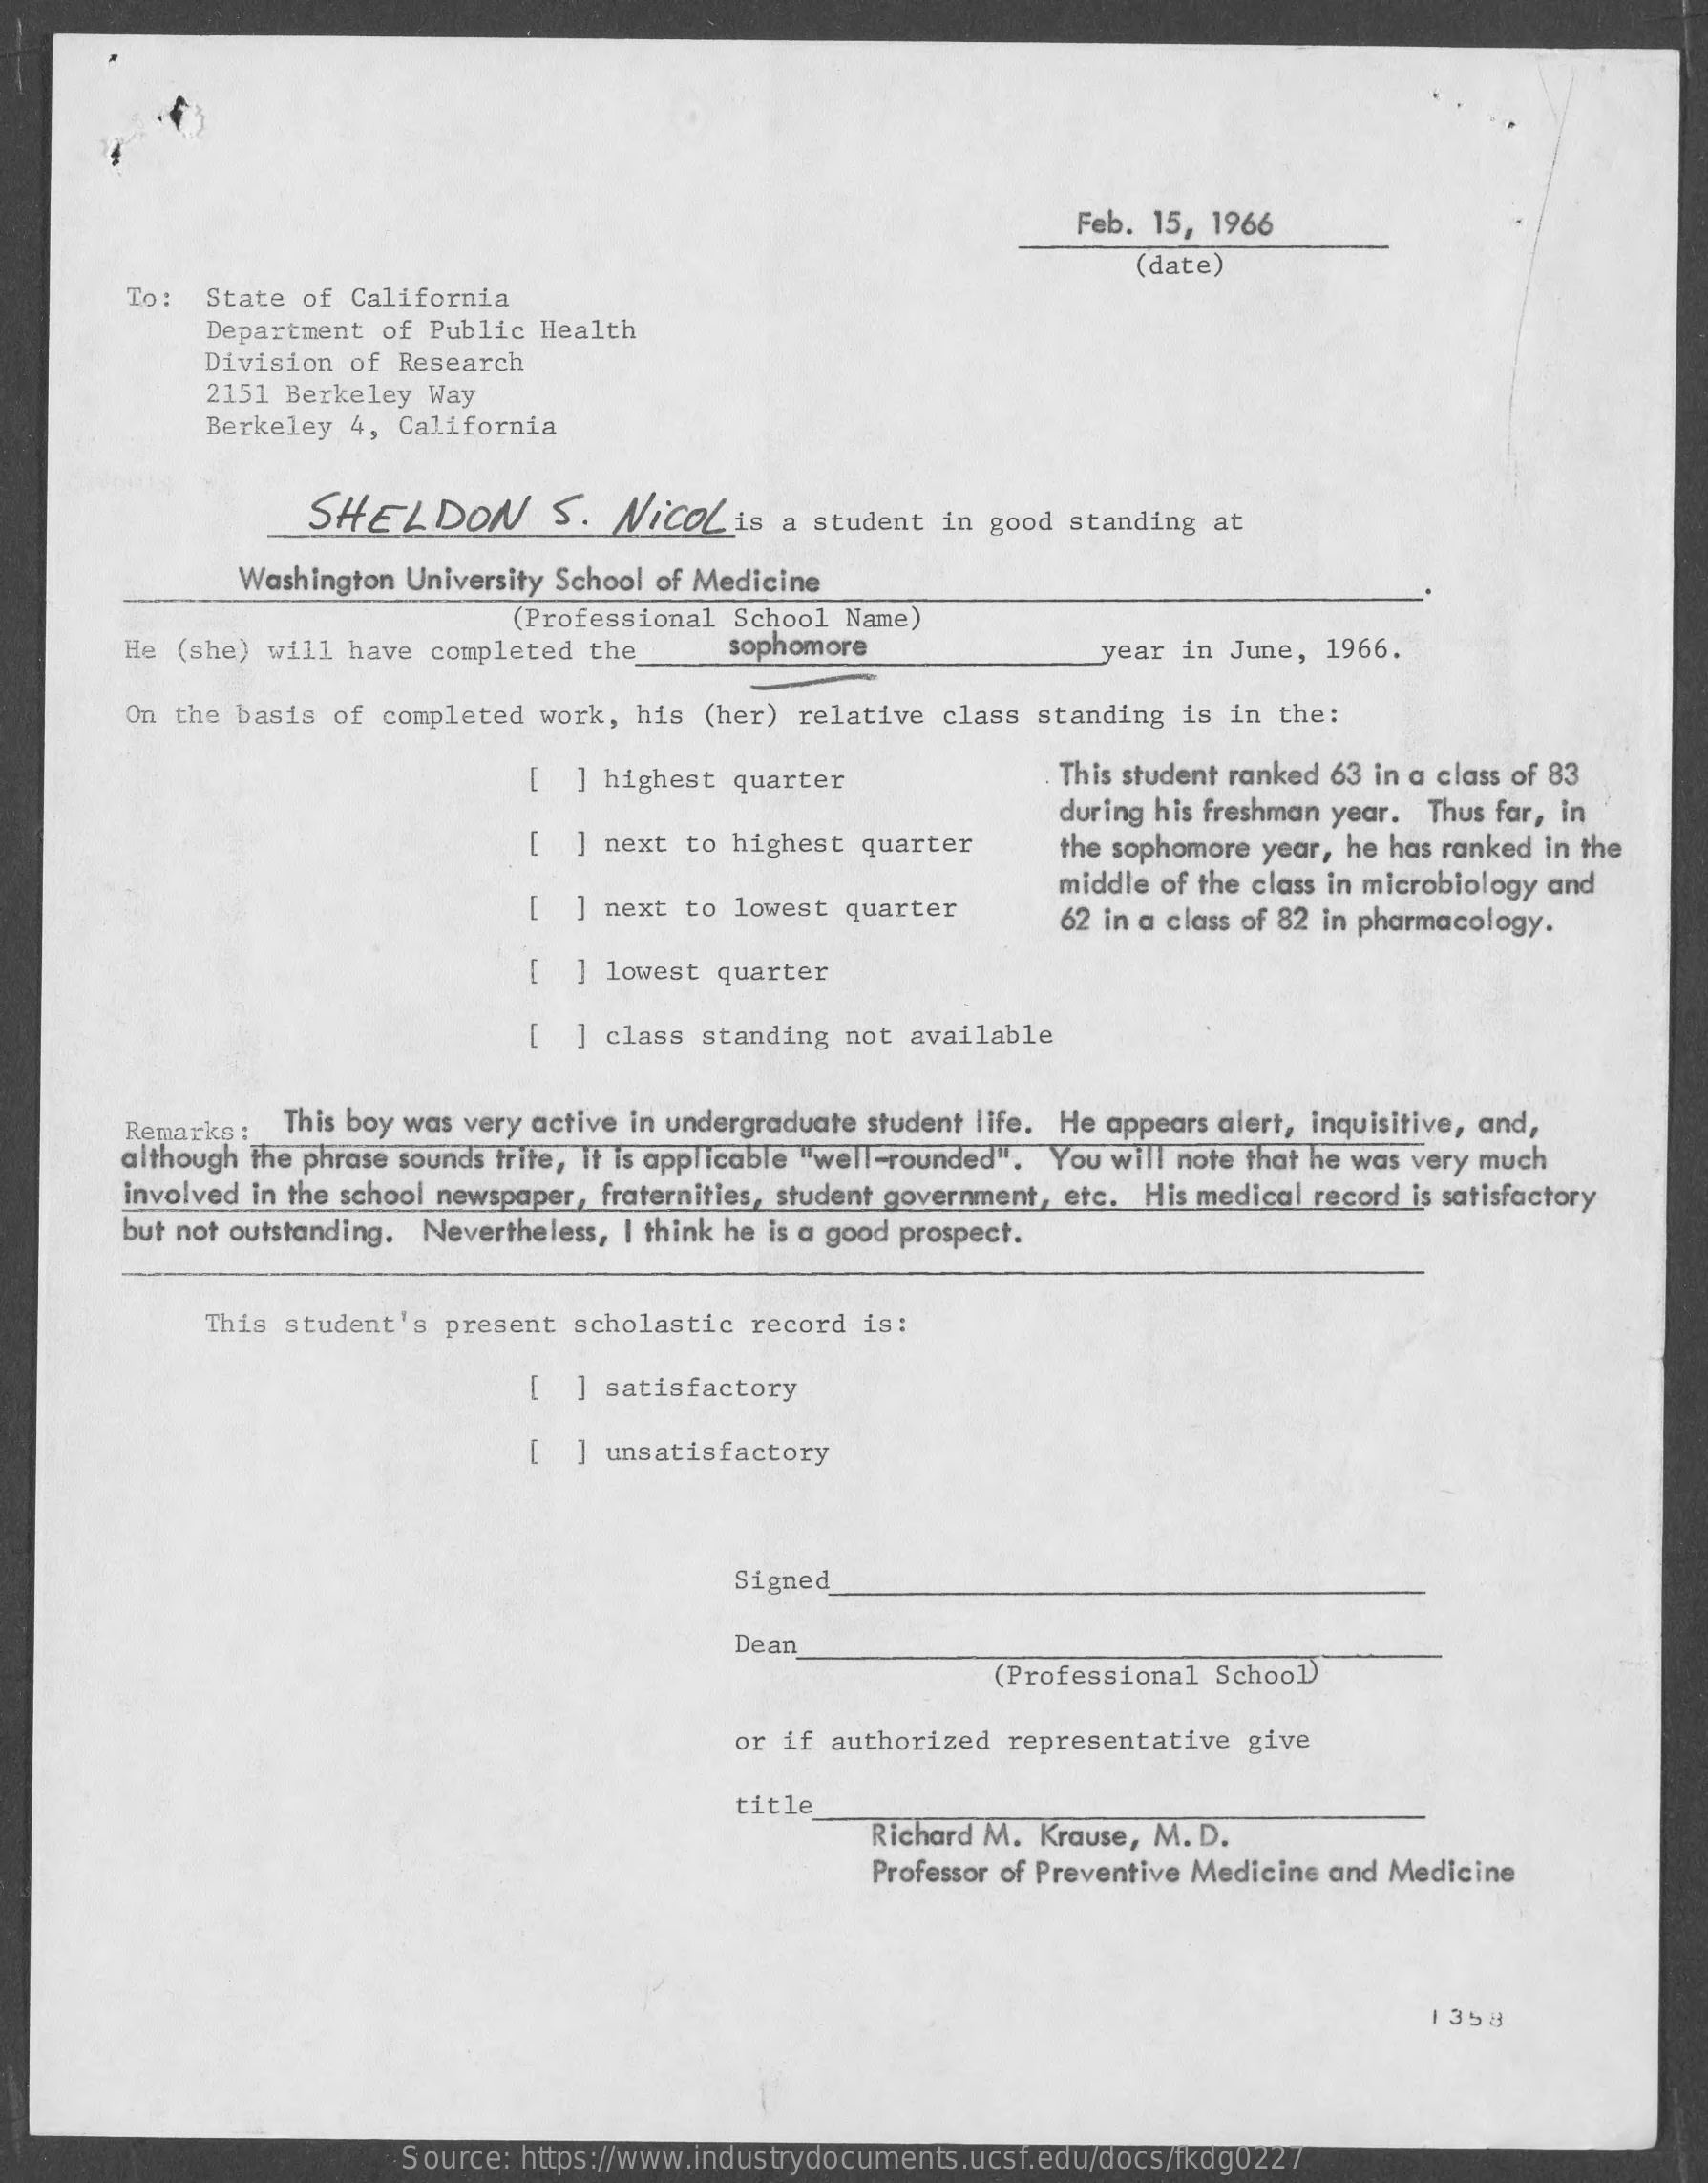
Feb. 15, 1966
     (date)
     To: State of California
     Department of Public Health
     Division of Research
     2151 Berkeley Way
     Berkeley 4, California
     SHELDON    S.  NiCOLis    a student in good standing at
     Washington University School of Medicine
     He (she) will have completed  the
     (Professional School Name)
     sophomore    year in June, 1966.
     On the basis of completed work, his  (her) relative class standing is in the:
     [  ] highest quarter    This student ranked 63 in a class of 83
     during his freshman year. Thus far, in
     [  ] next to highest quarter    the sophomore year, he has ranked in the
     [  ] next to lowest quarter
     middle of the class in microbiology and
     62 in a class of 82 in pharmacology.
     -
     ] lowest quarter
     [  ] class standing not available
     although the phrase sounds trite, it is applicable "well-rounded". You will note that he was very much
     Remarks : This boy was very active in undergraduate student life. He appears alert, inquisitive, and,
     involved in the school newspaper, fraternities, student government, etc. His medical record is satisfactory
     but not outstanding. Nevertheless, I think he is a good prospect.
     This student's present  scholastic record is:
     [ ] ] satisfactory
     [  ] unsatisfactory
     Signed
     Dean
     (Professional School)
     or if authorized representative give
     title
     Richard M. Krause, M. D.
     Professor of Preventive Medicine and Medicine
     1358
     Source: https://www.industrydocuments.ucsf.edu/docs/fkdg0227